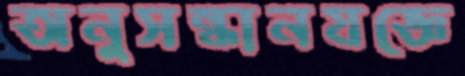
অনুসন্ধানযজ্ঞে